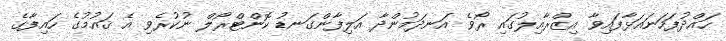
ހައްދުފަހަނައަޅާފައިވާ އިޒްރާއިލުގައި ރޯވެ އަނދަމުންދާ އަލިފާންގަނޑު ކޮންޓްރޯލް ނުކުރެވި އެ ޤައުމުގެ ހައިފާގެ